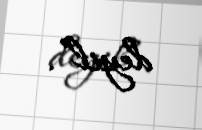
deyil”.